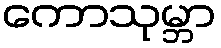
ကောသုမ္ဘာ